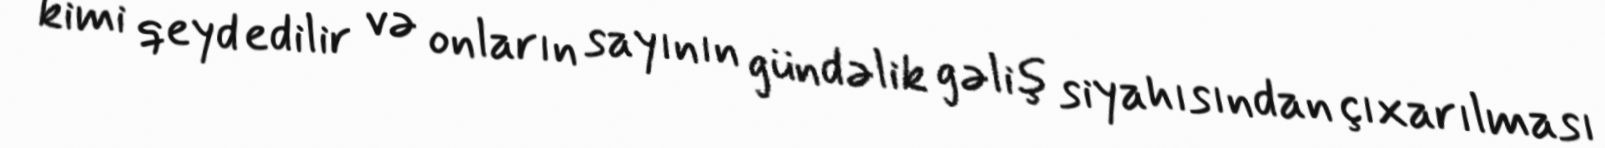
kimi qeyd edilir və onların sayının gündəlik gəliş siyahısından çıxarılması